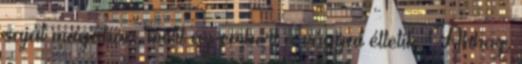
saját magában, mert az embert a vágyai éltetik. Ahhoz,